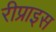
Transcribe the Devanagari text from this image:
रीप्राइस